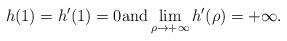
LaTeX: \begin{align*}h(1)=h'(1) = 0 \mbox{and} \lim_{\rho\rightarrow +\infty} h'(\rho)=+\infty.\end{align*}